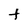
Character: t